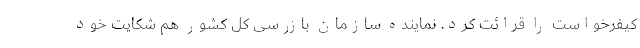
کیفرخواست را قرائت کرد. نماینده سازمان بازرسی کل کشور هم شکایت خود